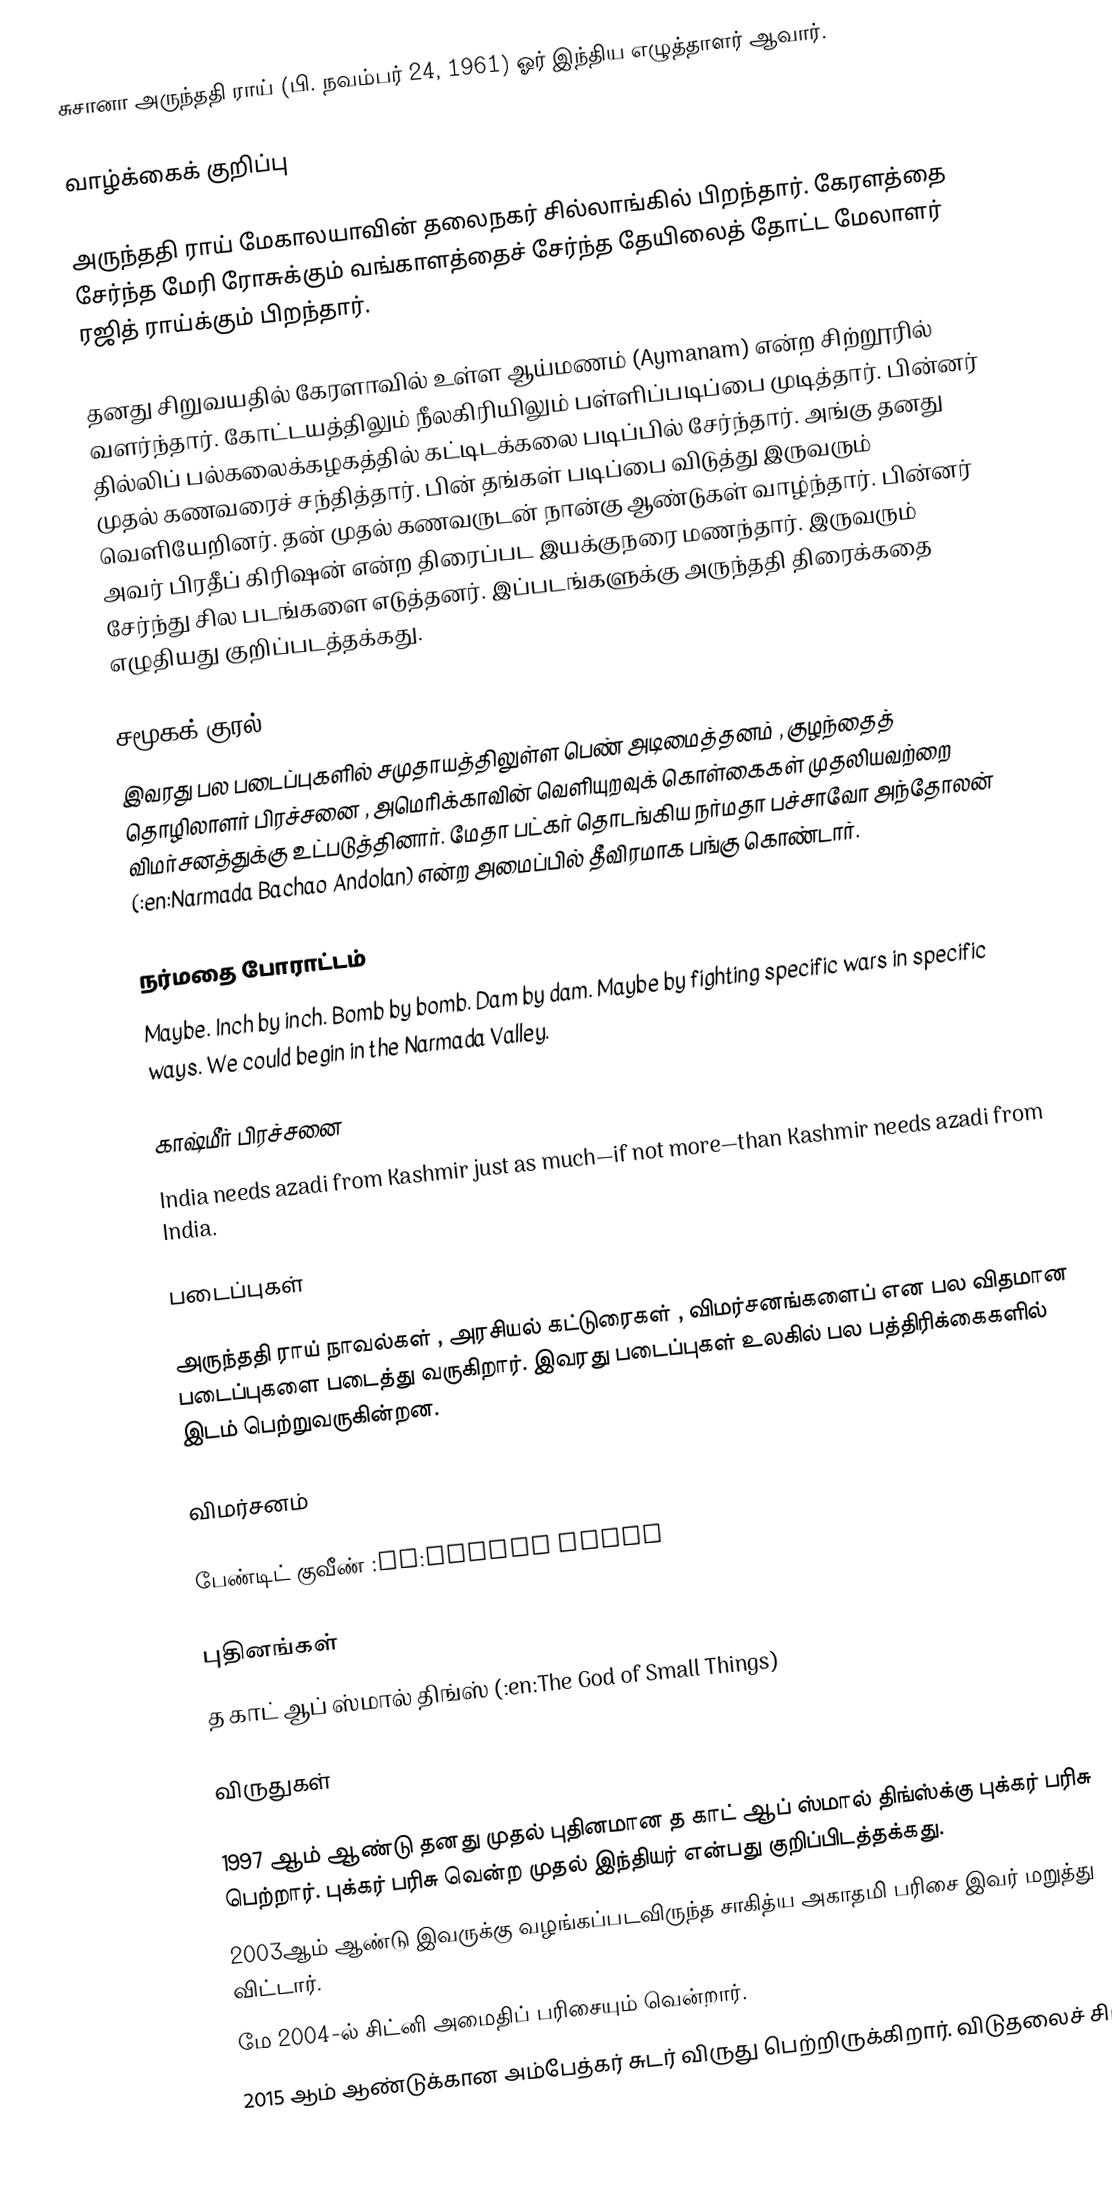
சுசானா அருந்ததி ராய் (பி. நவம்பர் 24, 1961) ஓர் இந்திய எழுத்தாளர் ஆவார்.

வாழ்க்கைக் குறிப்பு

அருந்ததி ராய் மேகாலயாவின் தலைநகர் சில்லாங்கில் பிறந்தார். கேரளத்தை சேர்ந்த மேரி ரோசுக்கும் வங்காளத்தைச் சேர்ந்த தேயிலைத் தோட்ட மேலாளர் ரஜித் ராய்க்கும் பிறந்தார்.

தனது சிறுவயதில் கேரளாவில் உள்ள ஆய்மணம் (Aymanam) என்ற சிற்றூரில் வளர்ந்தார். கோட்டயத்திலும் நீலகிரியிலும் பள்ளிப்படிப்பை முடித்தார். பின்னர் தில்லிப் பல்கலைக்கழகத்தில் கட்டிடக்கலை படிப்பில் சேர்ந்தார். அங்கு தனது முதல் கணவரைச் சந்தித்தார். பின் தங்கள் படிப்பை விடுத்து இருவரும் வெளியேறினர். தன் முதல் கணவருடன் நான்கு ஆண்டுகள் வாழ்ந்தார். பின்னர் அவர் பிரதீப் கிரிஷன் என்ற திரைப்பட இயக்குநரை மணந்தார். இருவரும் சேர்ந்து சில படங்களை எடுத்தனர். இப்படங்களுக்கு அருந்ததி திரைக்கதை எழுதியது குறிப்படத்தக்கது.

சமூகக் குரல்
இவரது பல படைப்புகளில் சமுதாயத்திலுள்ள பெண் அடிமைத்தனம் , குழந்தைத் தொழிலாளர் பிரச்சனை , அமெரிக்காவின் வெளியுறவுக் கொள்கைகள் முதலியவற்றை விமர்சனத்துக்கு உட்படுத்தினார். மேதா பட்கர் தொடங்கிய நர்மதா பச்சாவோ அந்தோலன் (:en:Narmada Bachao Andolan) என்ற அமைப்பில் தீவிரமாக பங்கு கொண்டார்.

நர்மதை போராட்டம்
Maybe. Inch by inch. Bomb by bomb. Dam by dam. Maybe by fighting specific wars in specific ways. We could begin in the Narmada Valley.

காஷ்மீர் பிரச்சனை
India needs azadi from Kashmir just as much—if not more—than Kashmir needs azadi from India.

படைப்புகள்

அருந்ததி ராய் நாவல்கள் , அரசியல் கட்டுரைகள் , விமர்சனங்களைப் என பல விதமான படைப்புகளை படைத்து வருகிறார். இவரது படைப்புகள் உலகில் பல பத்திரிக்கைகளில் இடம் பெற்றுவருகின்றன.

விமர்சனம்

 பேண்டிட் குவீண் :en:Bandit Queen

புதினங்கள்
 த காட் ஆப் ஸ்மால் திங்ஸ் (:en:The God of Small Things)

விருதுகள்

 1997 ஆம் ஆண்டு தனது முதல் புதினமான த காட் ஆப் ஸ்மால் திங்ஸ்க்கு புக்கர் பரிசு  பெற்றார். புக்கர் பரிசு வென்ற முதல் இந்தியர் என்பது குறிப்பிடத்தக்கது.
 2003ஆம் ஆண்டு இவருக்கு வழங்கப்படவிருந்த சாகித்ய அகாதமி பரிசை இவர் மறுத்து விட்டார்.
 மே 2004-ல் சிட்னி அமைதிப் பரிசையும் வென்றார்.
 2015 ஆம் ஆண்டுக்கான அம்பேத்கர் சுடர் விருது பெற்றிருக்கிறார். விடுதலைச் சிறு